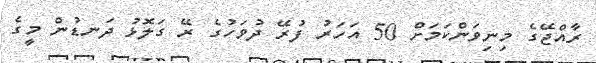
ރާއްޖޭގެ މިނިވަންކަމަށް 50 އަހަރު ފުރޭ ދުވަހުގެ ރޭ ގަލޮޅު ދަނޑުން މީގެ